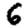
Digit: 6